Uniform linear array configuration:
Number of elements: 64
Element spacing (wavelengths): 0.75
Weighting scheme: uniform
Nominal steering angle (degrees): -15
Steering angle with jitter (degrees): -15.808
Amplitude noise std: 0.05
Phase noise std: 0.05

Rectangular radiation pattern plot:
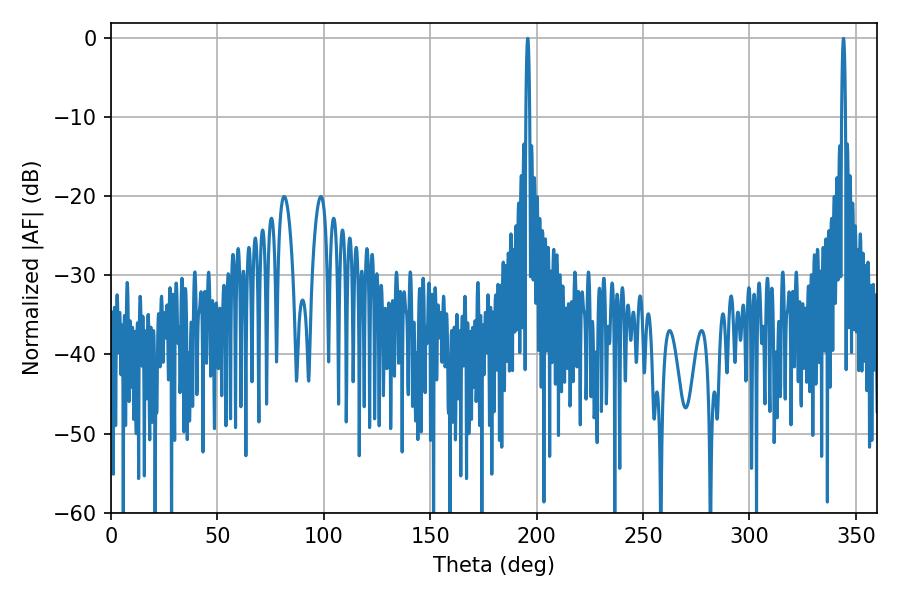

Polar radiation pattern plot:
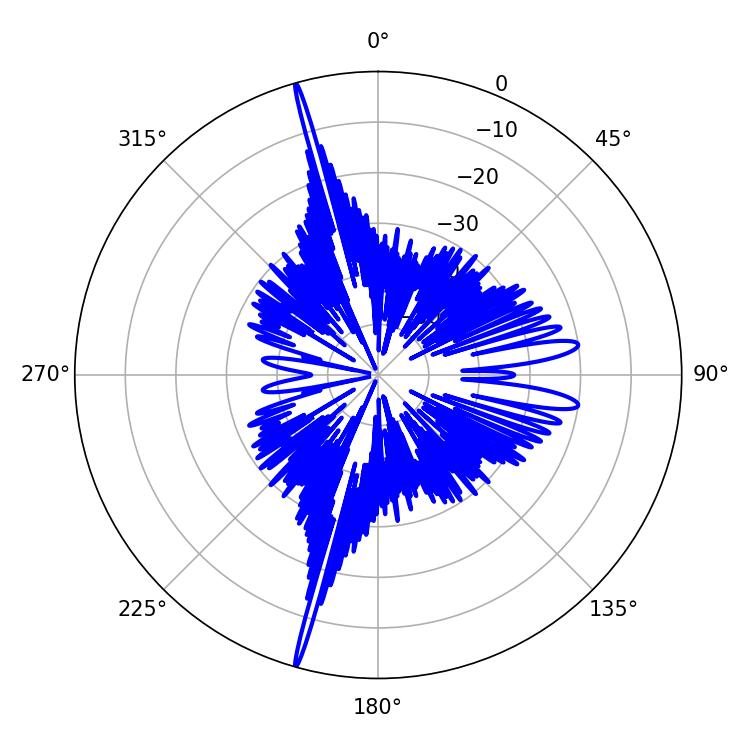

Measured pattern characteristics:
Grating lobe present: TRUE
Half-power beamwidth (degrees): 0.9
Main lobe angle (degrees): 344.16